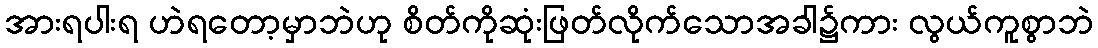
အားရပါးရ ဟဲရတော့မှာဘဲဟု စိတ်ကိုဆုံးဖြတ်လိုက်သောအခါ၌ကား လွယ်ကူစွာဘဲ